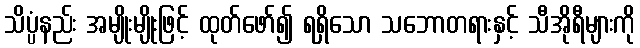
သိပ္ပံနည်း အမျိုးမျိုးဖြင့် ထုတ်ဖော်၍ ရရှိသော သဘောတရားနှင့် သီအိုရီများကို